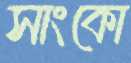
সাংকো